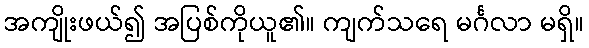
အကျိုးဖယ်၍ အပြစ်ကိုယူ၏။ ကျက်သရေ မင်္ဂလာ မရှိ။